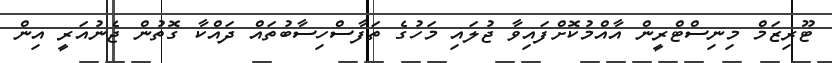
ޓޫރިޒަމް މިނިސްޓްރީން އާއްމުކޮށްފައިވާ ޖުލައި މަހުގެ ތަފާސްހިސާބުތައް ދައްކާ ގޮތުން ޖެނުއަރީ އިން